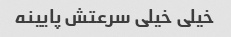
خیلی خیلی سرعتش پایینه